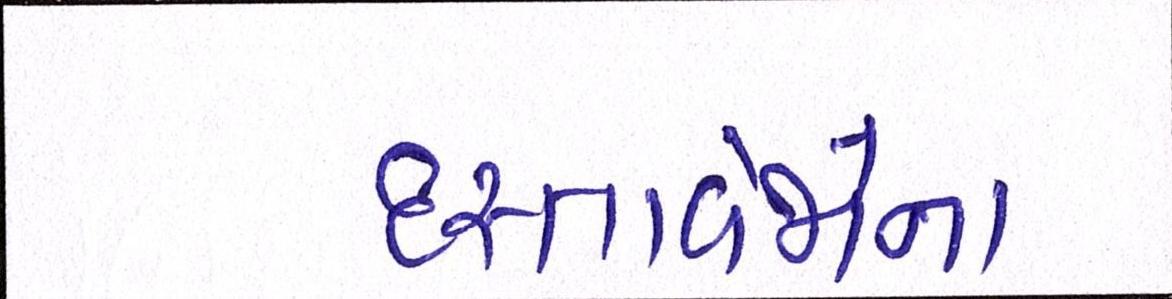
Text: દસ્તાવેજોના